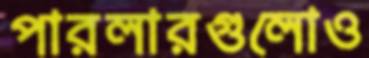
পারলারগুলোও